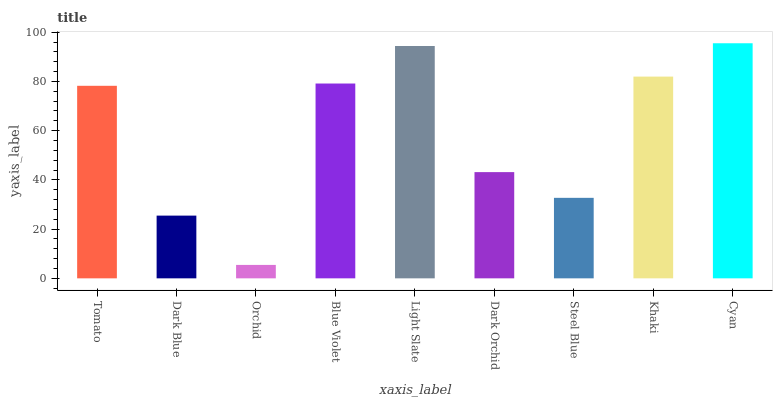
| xaxis_label | bars |
 | --- | --- |
 | Tomato | 78.2 |
 | Dark Blue | 25.5 |
 | Orchid | 5.46 |
 | Blue Violet | 79.1 |
 | Light Slate | 94.4 |
 | Dark Orchid | 43.2 |
 | Steel Blue | 32.7 |
 | Khaki | 82 |
 | Cyan | 95.5 |